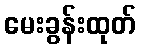
မေးခွန်းထုတ်